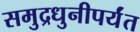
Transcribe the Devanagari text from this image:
समुद्रधुनीपर्यंत